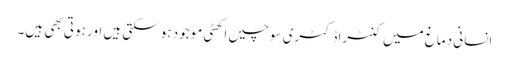
انسانی دماغ میں کنٹراڈکٹری سوچیں اکھٹی موجود ہوسکتی ہیں اور ہوتی بھی ہیں۔